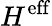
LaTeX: H^{\mathrm{{eff}}}